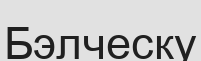
Бэлческу